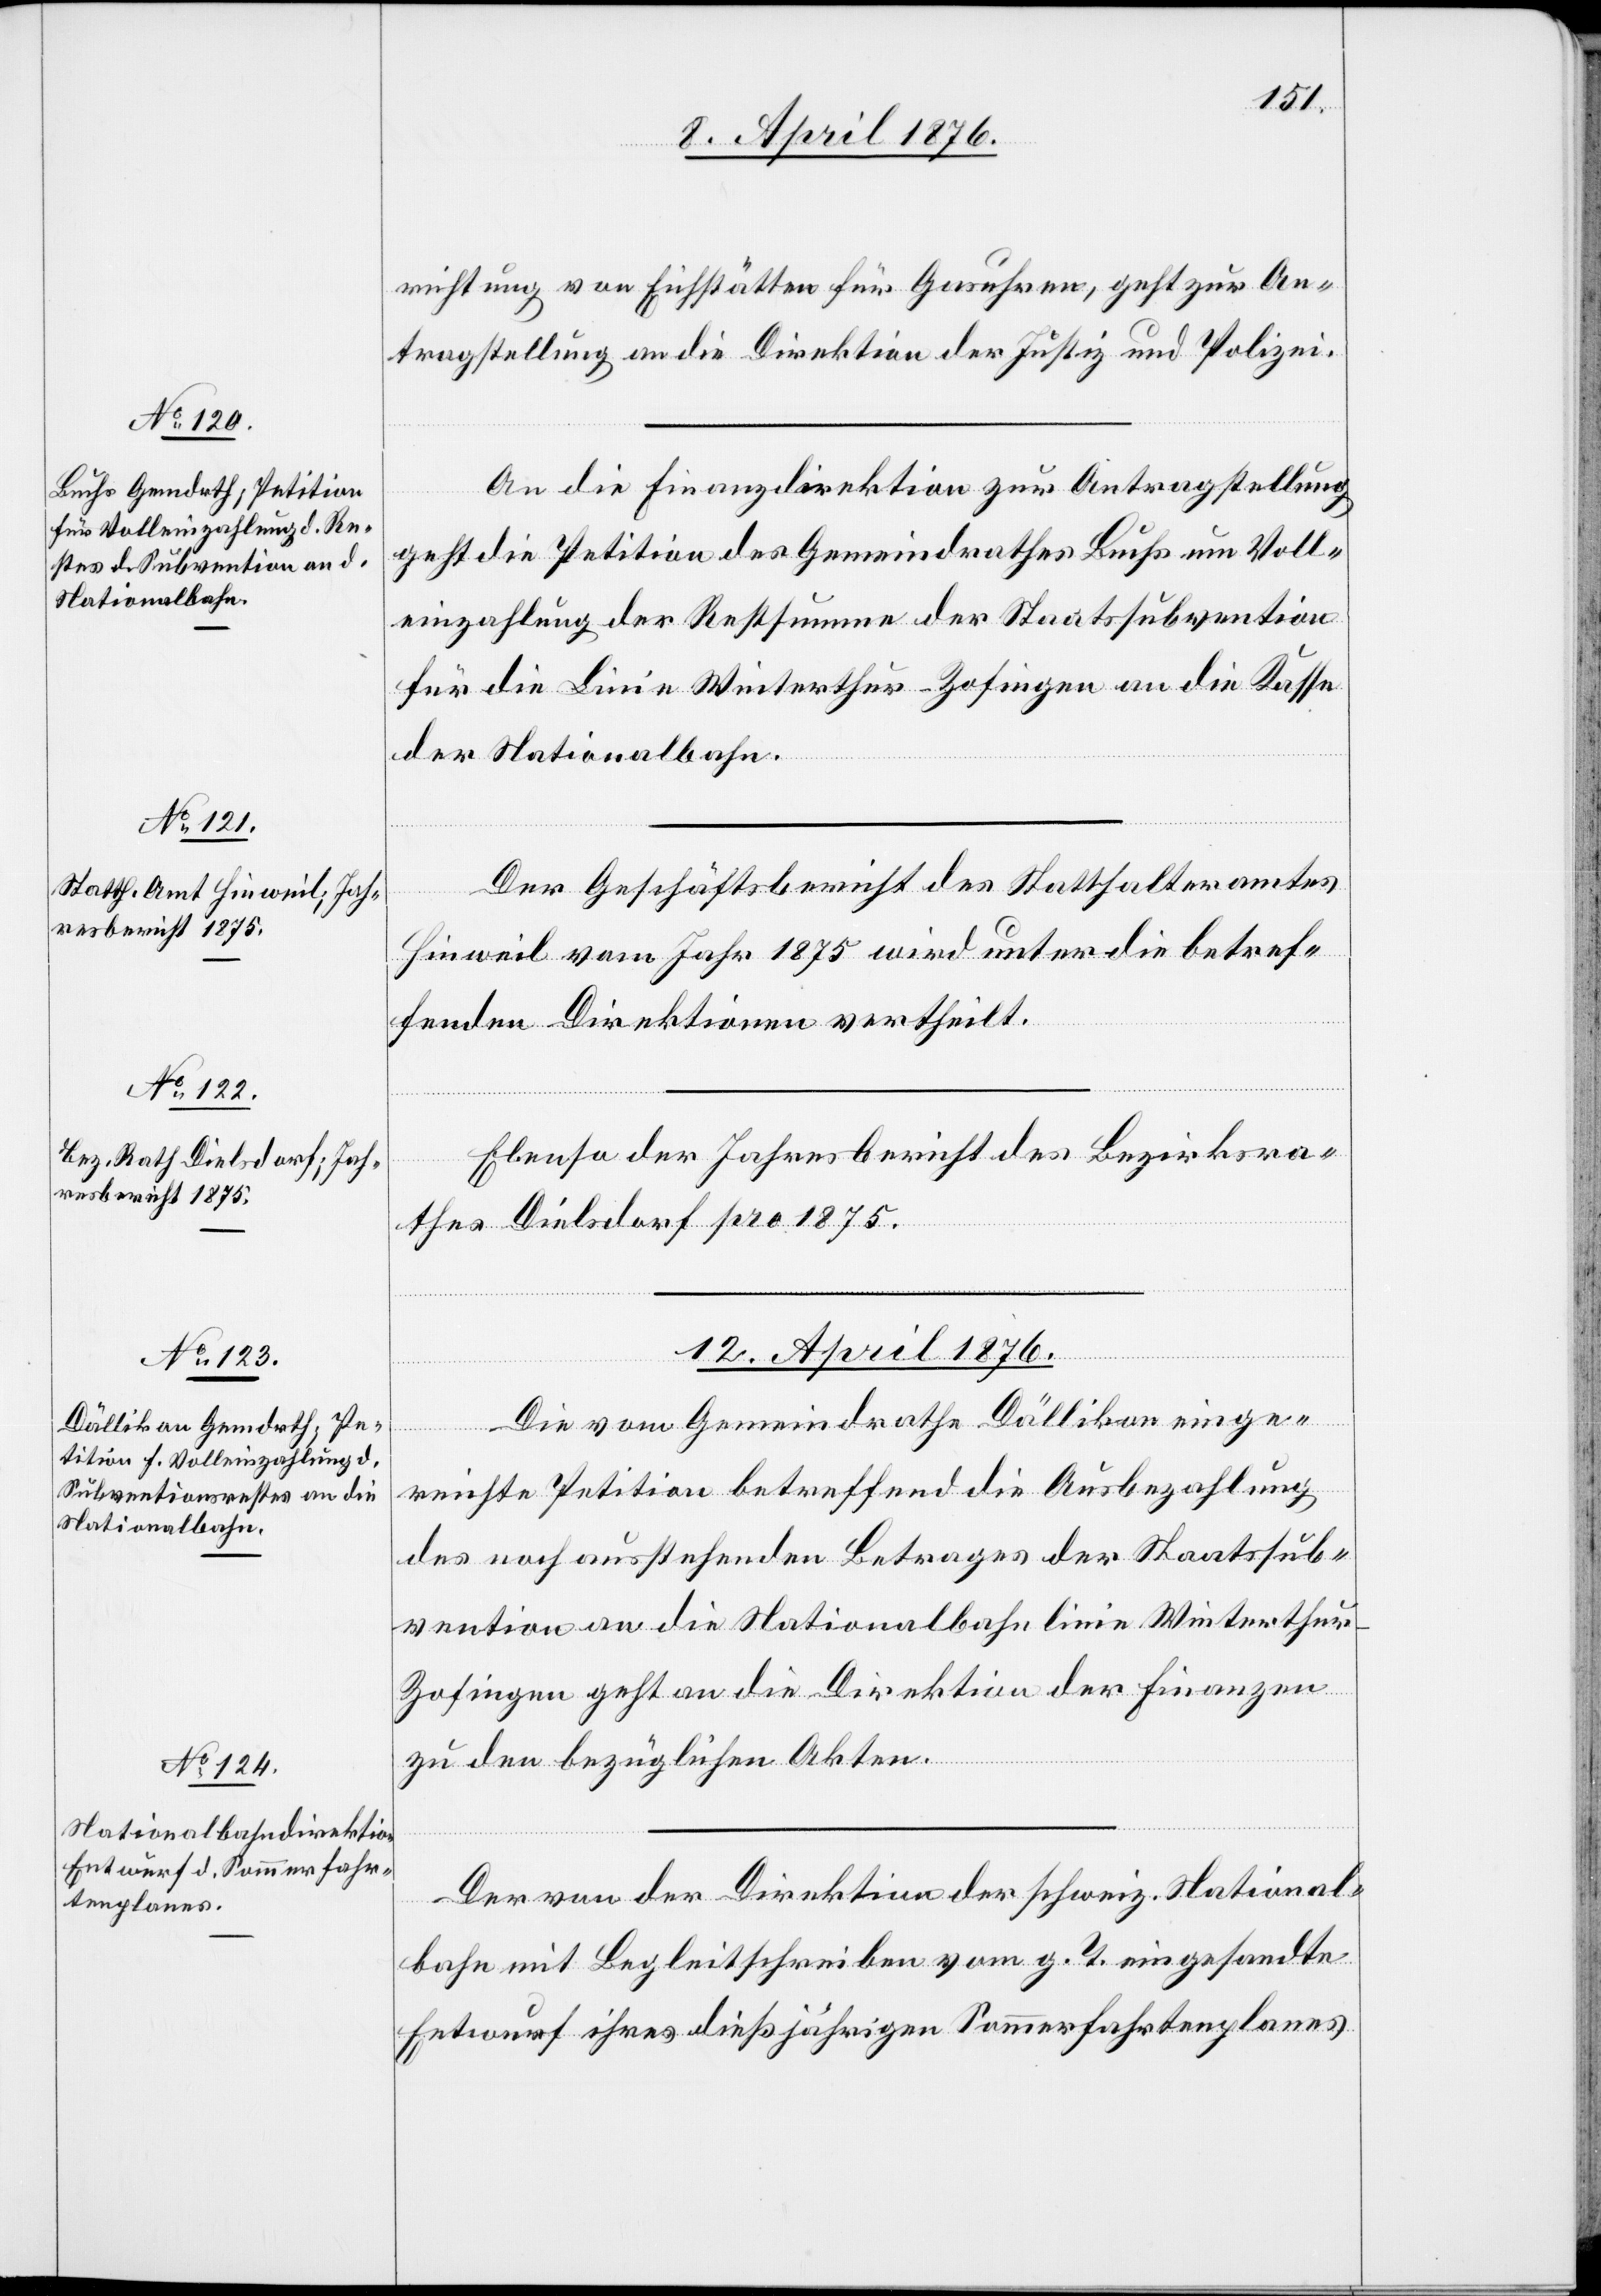
11. April 1876.]
richtung von Eichstätten für Gasuhren, geht zur An¬
tragstellung an die Direktion der Justiz und Polizei.
An die Finanzdirektion zur Antragstellung
geht die Petition des Gemeindrathes Buchs um Voll¬
einzahlung der Restsumme der Staatssubvention
für die Linie Winterthur–Zofingen an die Kasse
der Nationalbahn.
Der Geschäftsbericht des Statthalteramtes
Hinweil vom Jahr 1975 wird unter die betref¬
fenden Direktionen vertheilt.
Ebenso der Jahresbericht des Bezirksra¬
thes Dielsdorf pro 1875.
12. April 1876.]
Die vom Gemeindrathe Dällikon einge¬
reichte Petition betreffend die Ausbezahlung
des noch ausstehenden Betrages der Staatssub¬
vention an die Nationalbahnlinie Winterthur–Z¬
ofingen geht an die Direktion der Finanzen
zu den bezüglichen Akten.
Der von der Direktion der schweiz. National¬
bahn mit Begleitschreiben vom g. T. eingesandte
Entwurf ihres dießjährigen Sommerfahrtenplanes